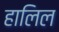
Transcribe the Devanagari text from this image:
हालिल